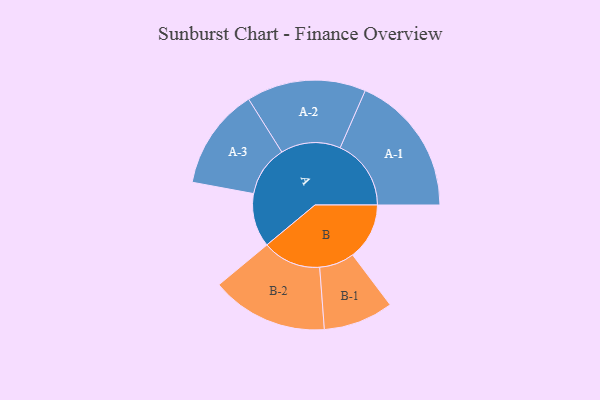
{"axis": {"x": "Segment", "y": "Value"}, "legend": ["", "A", "B"], "data": [{"x": "A", "y": 215, "type": ""}, {"x": "B", "y": 227, "type": ""}, {"x": "A-1", "y": 284, "type": "A"}, {"x": "A-2", "y": 239, "type": "A"}, {"x": "A-3", "y": 203, "type": "A"}, {"x": "B-1", "y": 140, "type": "B"}, {"x": "B-2", "y": 234, "type": "B"}]}